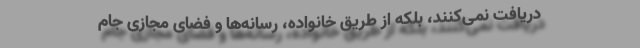
دریافت نمی‌کنند، بلکه از طریق خانواده‌، رسانه‌ها و فضای مجازی جام